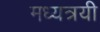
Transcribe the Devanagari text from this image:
मध्यत्रयी